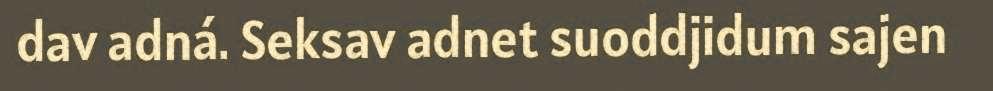
dav adná. Seksav adnet suoddjidum sajen